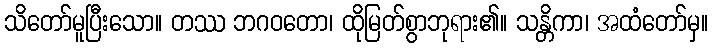
သိတော်မူပြီးသော။ တဿ ဘဂဝတော၊ ထိုမြတ်စွာဘုရား၏။ သန္တိကာ၊ အထံတော်မှ။